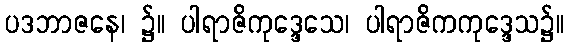
ပဒဘာဇနေ၊ ၌။ ပါရာဇိကုဒ္ဒေသေ၊ ပါရာဇိကကုဒ္ဒေသ၌။